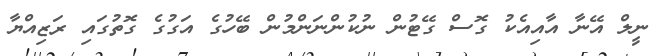
ނީލް އޭނާ އާއިއެކު ގޮސް ގޭޓުން ނުކުންނަންމުން ބޭހުގެ އަގުގެ ގޮތުގައި ރަޒިއްޔާ